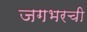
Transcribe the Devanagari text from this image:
जगभरची